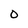
Character: O